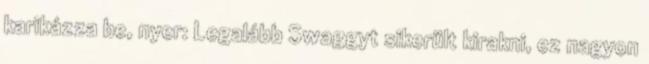
karikázza be, nyer: Legalább Swaggyt sikerült kirakni, ez nagyon